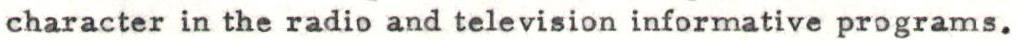
character in the radio and television informative programs.